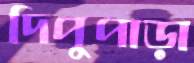
দিপুপাড়া